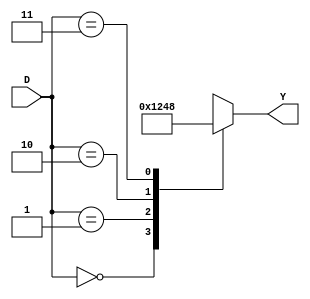
module decoder_2to4(D, Y);
input[1:0] D;
output[3:0] Y;
reg[3:0] Y;

always @ (D)
	case(D)
	2'b00: Y=4'b0001;
	2'b01: Y=4'b0010;
	2'b10: Y=4'b0100;
	2'b11: Y=4'b1000;
	endcase
endmodule